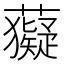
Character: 𧃩